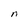
Character: n